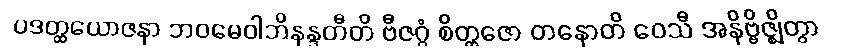
ပဒတ္ထယောဇနာ ဘဝမေဝါဘိနန္ဒတီတိ ဗီဇဂ္ဂံ စိတ္တဇော တနောတိ ဝေသီ အနိဗ္ဗိဇ္ဈိတွာ